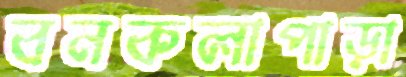
বনকলাপাড়া